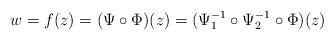
LaTeX: \begin{align*}w=f(z)=(\Psi\circ\Phi)(z)=(\Psi_1^{-1}\circ\Psi_2^{-1}\circ\Phi)(z)\end{align*}